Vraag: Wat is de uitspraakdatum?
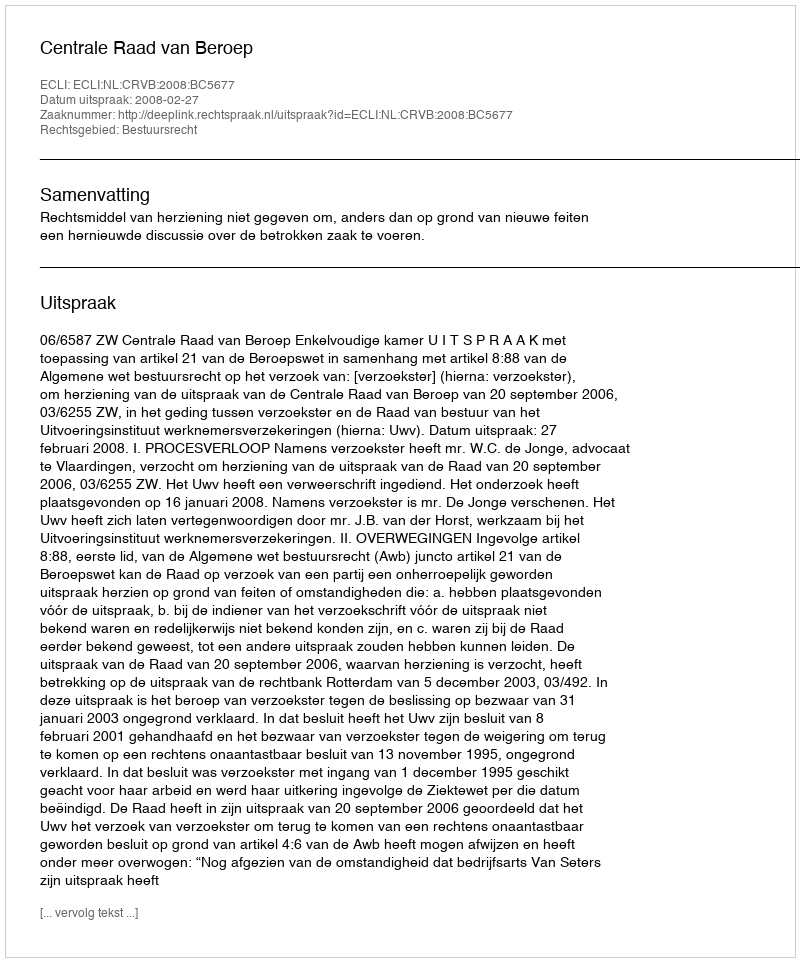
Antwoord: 2008-02-27